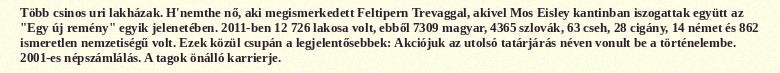
Több csinos uri lakházak. H'nemthe nő, aki megismerkedett Feltipern Trevaggal, akivel Mos Eisley kantinban iszogattak együtt az "Egy új remény" egyik jelenetében. 2011-ben 12 726 lakosa volt, ebből 7309 magyar, 4365 szlovák, 63 cseh, 28 cigány, 14 német és 862 ismeretlen nemzetiségű volt. Ezek közül csupán a legjelentősebbek: Akciójuk az utolsó tatárjárás néven vonult be a történelembe. 2001-es népszámlálás. A tagok önálló karrierje.